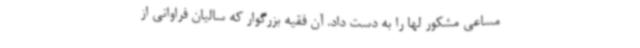
مساعی مشکور لها را به دست داد. آن فقیه بزرگوار که سالیان فراوانی از